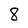
Character: 8